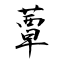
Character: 蕈